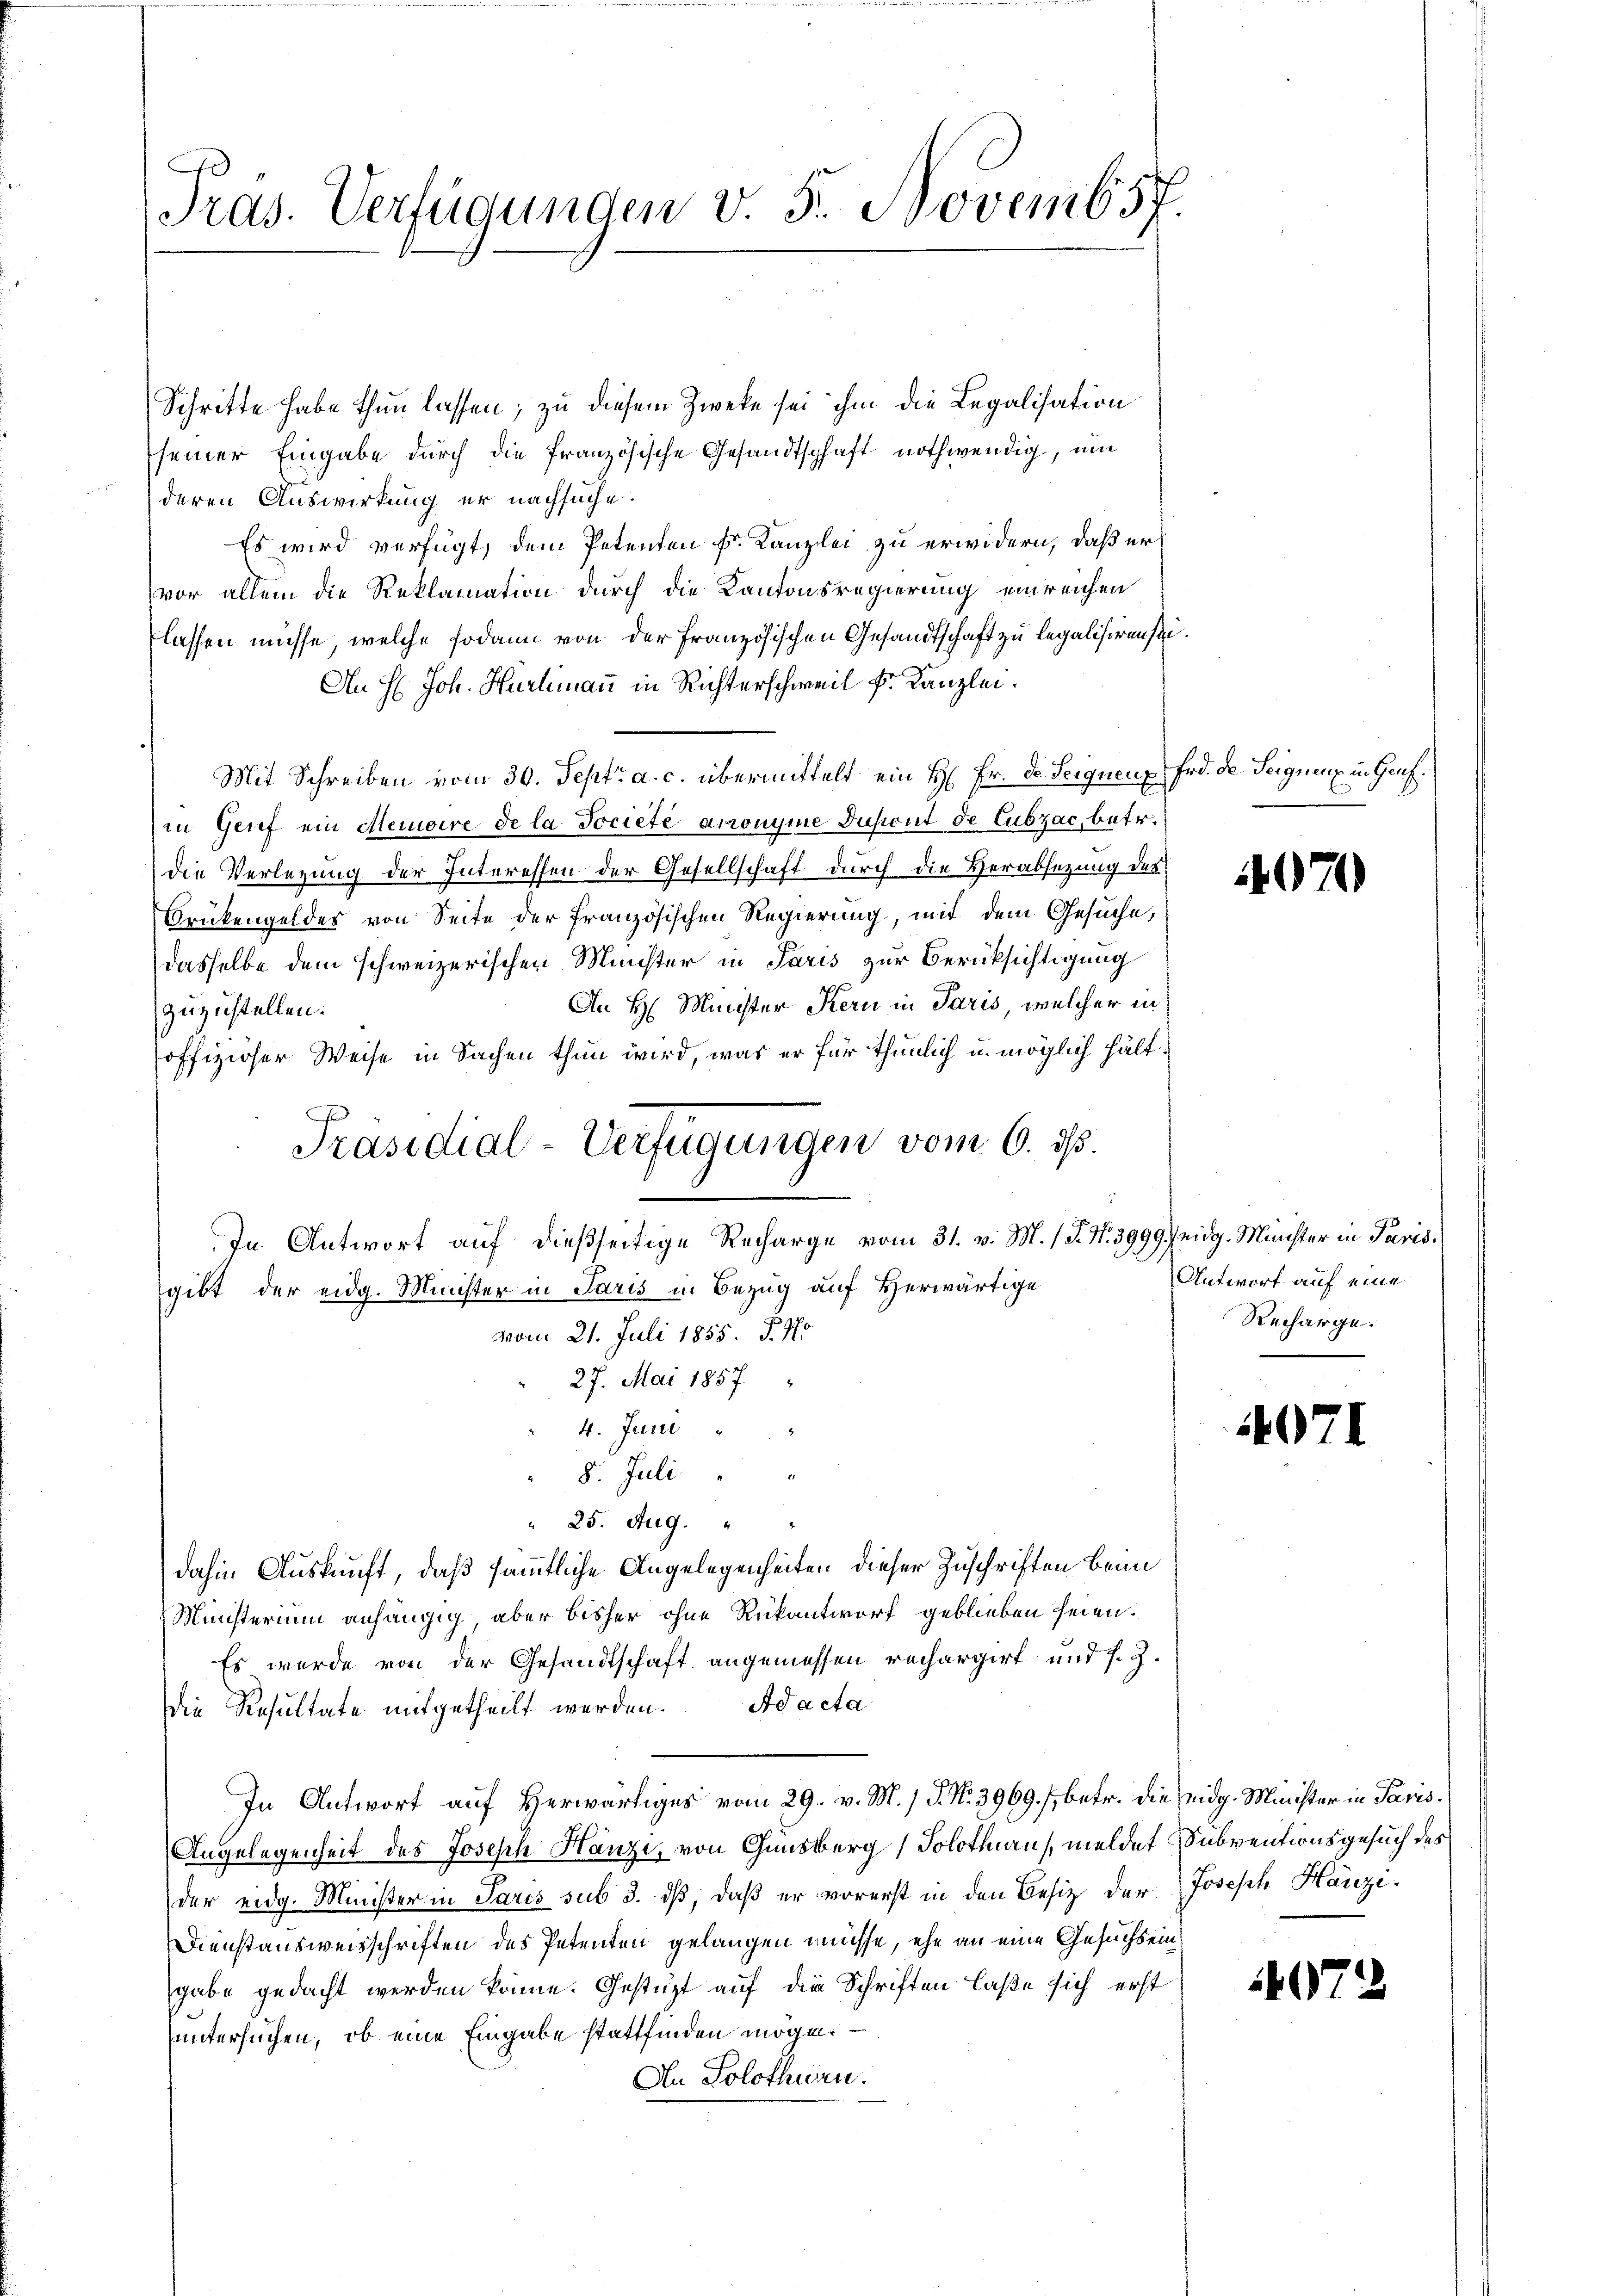
Tras. Verfügunden v. 5. Novemb57.

Schritte habe thun lassen; zu diesem Zweke sei ihm die Legalisation
seiner Eingabe durch die französische Gesandtschaft nothwendig, um
deren Auswirkung er nachsuche.
Es wird verfügt, dem Petenten Fr. Kanzlei zu erwidern, daß er
vor allem die Reklamation durch die Kantonsregierung einreichen
lassen müsse, welche sodann von der Französischen Gesandtschaft zu legalisieren sei¬
An H. Joh. Hürlimann in Richterschweil Fr. Kanzlei.
Mit Schreiben vom 30. Sept. a. c. übermittelt ein H. Fr. de Seignenz Frd. de. Seignenz in Genfin Grief ein Memoire de la Societe anonyme Zusicut de Cubzac, betr.
die Verlegung der Interessen der Gesellschaft durch die Herabsetzung des
Brükengeldes von Seite der französischen Regierung, mit dem Gesuche,
dasselbe dem schweizerischen Minister in Paris zur Berücksichtigung
An H. Minister Kern in Paris, welcher in
zuzustellen.
offiziöser Weise in Sachen thun wird, was er für thunlich u. möglich hält¬
In Antwort auf dießseitige Recharge vom 31. v. M. 1 S. Nr. 3999.) eidg. Minister in Paris.
gibt der eidg. Minister in Paris in Bezug auf Herwärtige
vom 21. Juli 1855. P. Jo
27. Mai 1857
4. Juni
8. Juli
 25. Aug.
dahin Auskunft, daß sämmtliche Angelegenheiten dieser Zuschriften beim
Ministerium anhängig, aber bisher ohne Rükantwort geblieben seien.
Es wurde von der Gesandtschaft angemessen rechargirt und s. Z.
die Resultate mitgetheilt werden. Ad acta
In Antwort auf Herwärtiges vom 29. v. M. / 5. No. 3969. /, betr. die eidg. Minister in Paris.
Angelegenheit des Joseph Hanzi, von Ginsberg, Solothurn, meldet Subventionsgesuch des
der eidg. Minister in Paris sub 3. ds, daß er vorerst in den Besitz der
Dienstausweisschriften des Petenten gelangen müsse, ehe an eine Gesuchs eingabe gedacht werden könne. Gestützt auf die Schriften laße sich erst
untersuchen, ob eine Eingabe stattfinden mögen. —
An Solothurn.

Präsidial-Verfügungen vom 6. ds.

071

Antwort auf eine
Recharge.

4071

Joseph Harezi

072